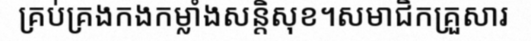
គ្រប់គ្រងកងកម្លាំងសន្តិសុខ។សមាជិកគ្រួសារ